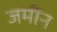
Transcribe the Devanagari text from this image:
जमींन